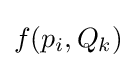
f(p_{i},Q_{k})